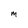
Character: M